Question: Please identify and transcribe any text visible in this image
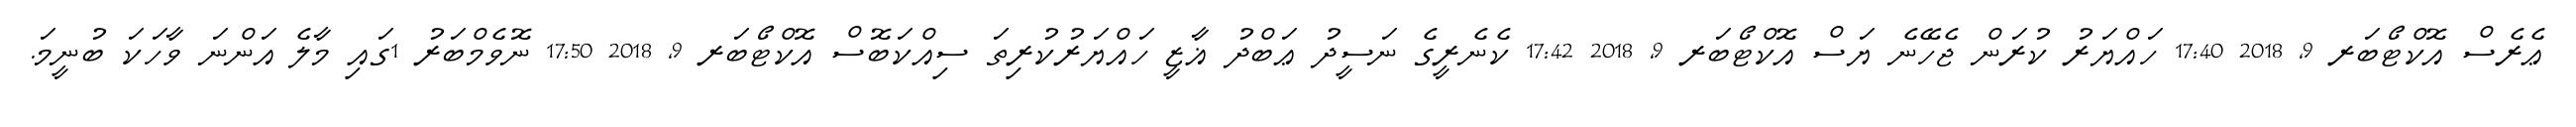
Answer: ޢެރެސް އޮކްޓޯބަރ 9, 2018 17:40 ހައްޔަރު ކުރަން ޖެހޭނެ ޔަސް އޮކްޓޯބަރ 9, 2018 17:42 ކެނެރީގެ ނަސީދު ޢަބްދު ޣާޒީ ހައްޔަރުކުރިތަ ސިއްކަބޮސް އޮކްޓޯބަރ 9, 2018 17:50 ނޮވެމްބަރު 1ގައި މާލެ އަންނަ ވާހަކަ ބުނީމަ.